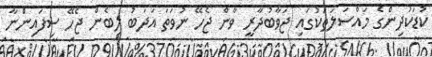
ކުޑަކުދިންގެ މައްސަލަތަކުގައި ޖަވާބުދާރީ ވާން ޖެހޭ ނުވަތަ އަދަބު ލިބެން ޖެހޭ ސިފައިންނާ